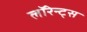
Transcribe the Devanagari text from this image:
लॉरेन्ट्स